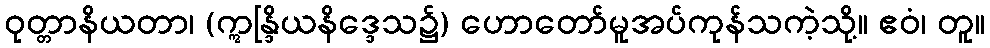
ဝုတ္တာနိယတာ၊ (ဣန္ဒြိယနိဒ္ဒေသ၌) ဟောတော်မူအပ်ကုန်သကဲ့သို့။ ဧဝံ၊ တူ။